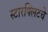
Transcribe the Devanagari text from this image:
स्टारफ्लिटचे